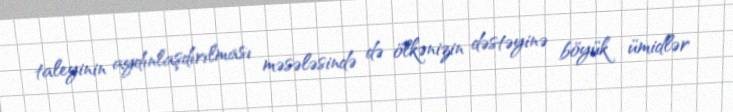
taleyinin aydınlaşdırılması məsələsində də ölkənizin dəstəyinə böyük ümidlər